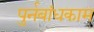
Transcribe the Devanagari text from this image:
पुर्नबांधकाम